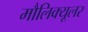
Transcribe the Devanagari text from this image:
मौलिक्यूलर